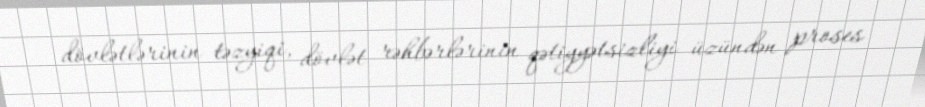
dövlətlərinin təzyiqi, dövlət rəhbərlərinin qətiyyətsizliyi üzündən proses